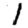
Digit: 1